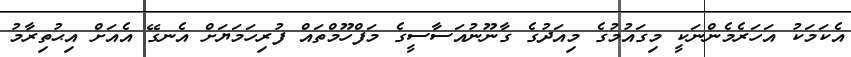
އެކަމަކު އަހަރެމެންނަކީ މިގައުމުގެ މިއަދުގެ ގާނޫނުއަސާސީގެ މަފްހޫމްތައް ފުރިހަމަޔަށް އެނގޭ އެއަށް އިޙުތިރާމު